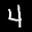
Label: 4